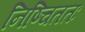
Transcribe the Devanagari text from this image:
निष्चिततः